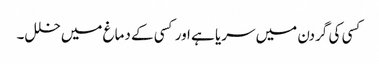
کسی کی گردن میں سریا ہے اور کسی کے دماغ میں خلل۔